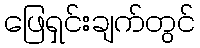
ဖြေရှင်းချက်တွင်